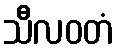
သီလဝတံ